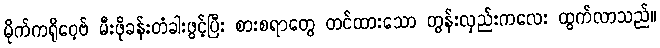
မိုက်ကရိုဝေ့ဗ် မီးဖိုခန်းတံခါးဖွင့်ပြီး စားစရာတွေ တင်ထားသော တွန်းလှည်းကလေး ထွက်လာသည်။